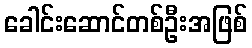
ခေါင်းဆောင်တစ်ဦးအဖြစ်